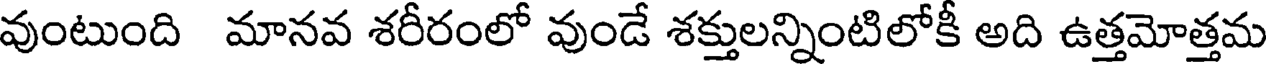
వుంటుంది మానవ శరీరంలో వుండే శక్తులన్నింటిలోకీ అది ఉత్తమోత్తమ